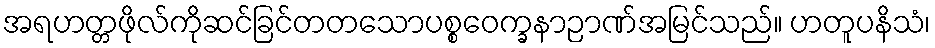
အရဟတ္တဖိုလ်ကိုဆင်ခြင်တတသောပစ္စဝေက္ခနာဉာဏ်အမြင်သည်။ ဟတူပနိသံ၊